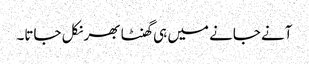
آنے جانے میں ہی گھنٹا بھر نکل جاتا۔